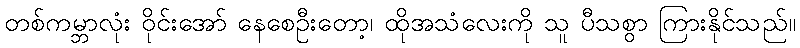
တစ်ကမ္ဘာလုံး ဝိုင်းအော် နေစေဦးတော့၊ ထိုအသံလေးကို သူ ပီသစွာ ကြားနိုင်သည်။